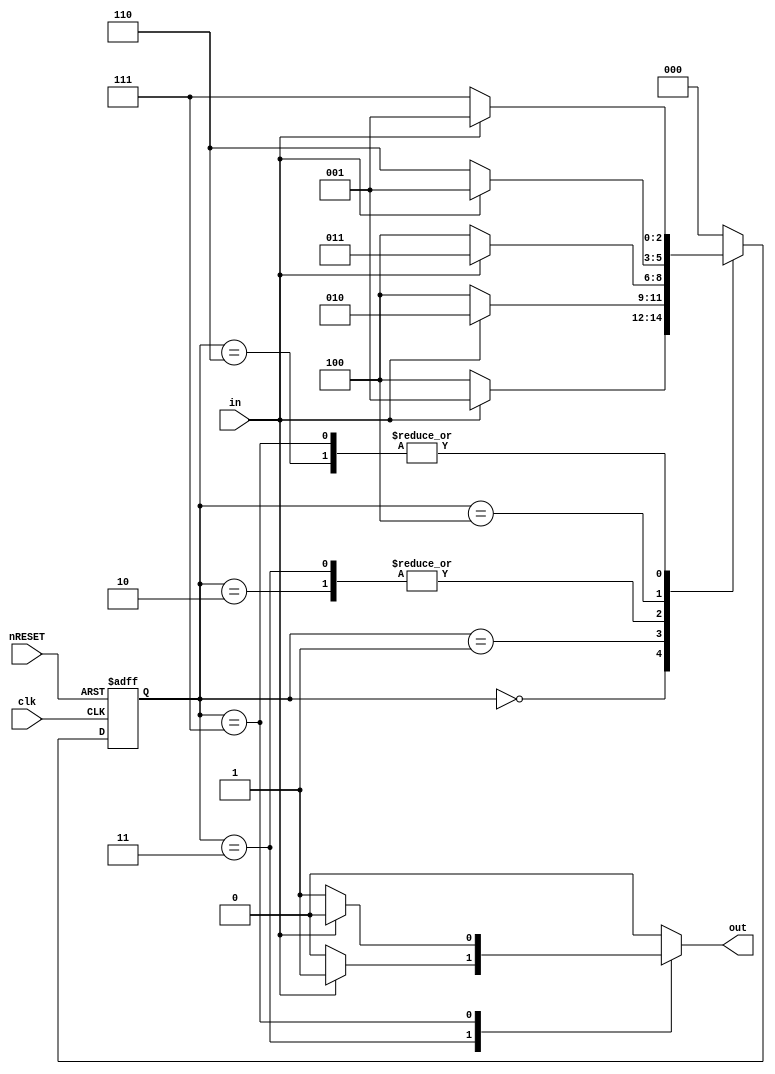
`define S0 3'b000 //  state
`define S1 3'b001 // 1 state
`define S2 3'b010 // 11 state
`define S3 3'b011 // 111 state
`define S4 3'b100 // 0 state
`define S5 3'b110 // 00 state
`define S6 3'b111 // 000 state

module mealy (nRESET, clk, in, out);
	input nRESET, clk, in; // reset, clock, input
	output out; // output
	reg [2:0] curState, nextState; //  state  state
	reg out;
	
	always @(posedge clk or negedge nRESET)
		if (!nRESET)
			curState <= `S0;
		else
			curState <= nextState;
	//       state  state .
			
	always @(curState or in)
		casex (curState)
			`S0: //  state
				if (in == 0) begin
					nextState = `S4; // 0 state 
					out = 1'b0;
				end
				else begin
					nextState = `S1; // 1 state 
					out = 1'b0;
				end
			`S1: //  1  1  1 state
				if (in == 0) begin
					nextState = `S4; // 0 state 
					out = 1'b0;
				end
				else begin
					nextState = `S2; // 11 state 
					out = 1'b0;
				end
			`S2: //  1  2  11 state
				if (in == 0) begin
					nextState = `S4; // 0 state 
					out = 1'b0;
				end
				else begin
					nextState = `S3; // 111 state 
					out = 1'b0;
				end
			`S3: //  1  3  111 state
				if (in == 0) begin
					nextState = `S4; // 0 state 
					out = 1'b0;
				end
				else begin
					nextState = `S3; // 111 state 
					out = 1'b1; // 1  3   1  1 
				end
			`S4: //  0  1  0 state
				if (in == 0) begin
					nextState = `S5; // 00 state 
					out = 1'b0;
				end
				else begin
					nextState = `S1; // 1 state 
					out = 1'b0;
				end
			`S5: //  0  2  00 state
				if (in == 0) begin
					nextState = `S6; // 000 state 
					out = 1'b0;
				end
				else begin
					nextState = `S1; // 1 state 
					out = 1'b0;
				end
			`S6: //  0  3  000 state
				if (in == 0) begin
					nextState = `S6; // 000 state 
					out = 1'b1; // 0  3   0  1 
				end
				else begin
					nextState = `S1; // 1 state 
					out = 1'b0;
				end
			default: begin
				nextState = `S0;
				out = 1'b0;
			end
		endcase
endmodule